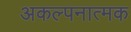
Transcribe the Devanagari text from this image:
अकल्पनात्मक